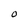
Character: O